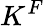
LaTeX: K^{F}